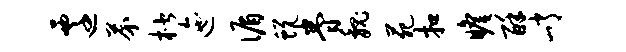
迁芥楷迤循蜕眷魏苑扣瞻酥峭